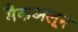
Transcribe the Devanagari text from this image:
मैकअलून